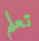
تعلم